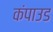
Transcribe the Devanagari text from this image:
कंपाउड